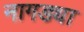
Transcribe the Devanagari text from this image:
नागड्या